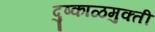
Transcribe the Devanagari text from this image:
दुष्काळमुक्ती